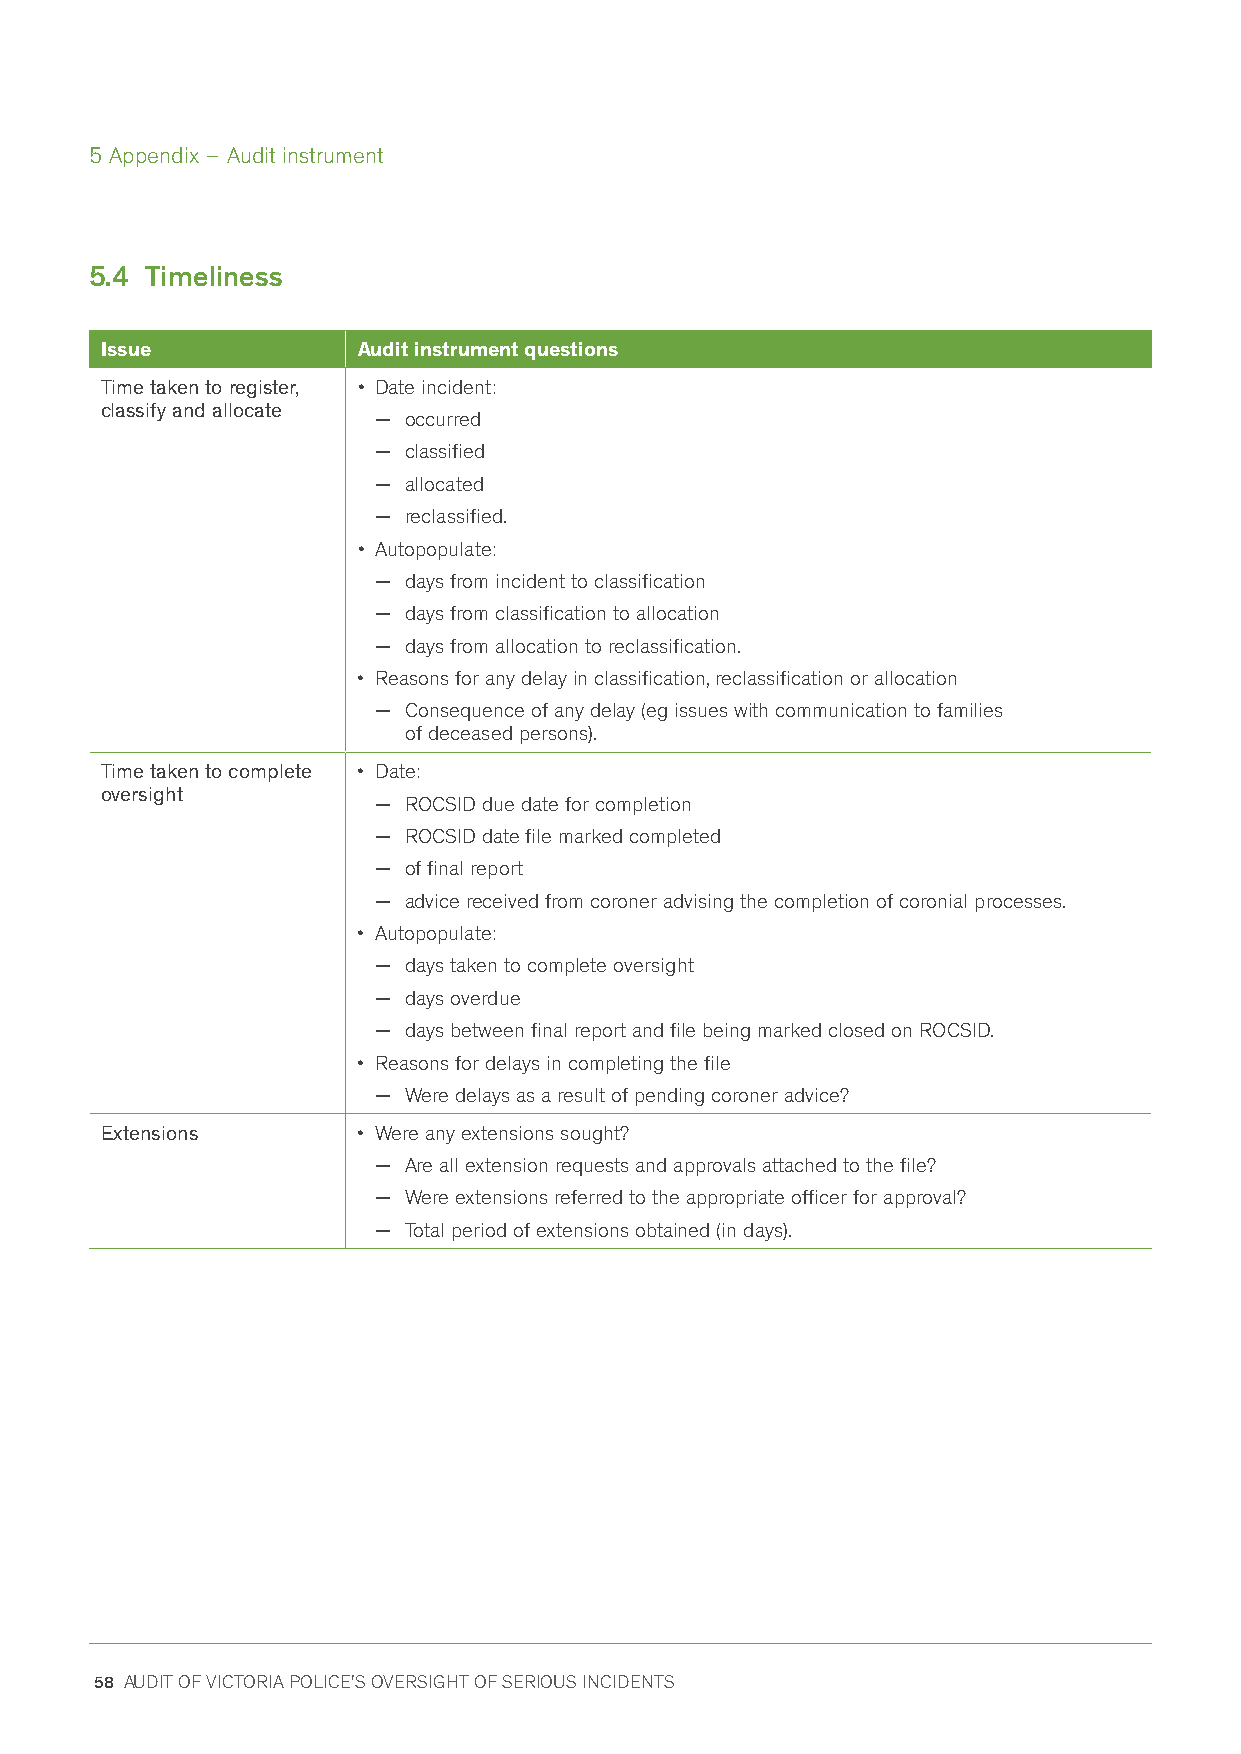
5 Appendix – Audit instrument
 5.4 Timeliness
 Issue            Audit instrument questions
 Time taken to register, • Date incident:
 classify and allocate
 − occurred
 − classified
 − allocated
 − reclassified.
 • Autopopulate:
 − days from incident to classification
 − days from classification to allocation
 − days from allocation to reclassification.
 • Reasons for any delay in classification, reclassification or allocation
 − Consequence of any delay (eg issues with communication to families
 of deceased persons).
 Time taken to complete • Date:
 oversight
 − ROCSID due date for completion
 − ROCSID date file marked completed
 − of final report
 − advice received from coroner advising the completion of coronial processes.
 • Autopopulate:
 − days taken to complete oversight
 − days overdue
 − days between final report and file being marked closed on ROCSID.
 • Reasons for delays in completing the file
 − Were delays as a result of pending coroner advice?
 Extensions       • Were any extensions sought?
 − Are all extension requests and approvals attached to the file?
 − Were extensions referred to the appropriate officer for approval?
 − Total period of extensions obtained (in days).
 58 AUDIT OF VICTORIA POLICE'S OVERSIGHT OF SERIOUS INCIDENTS